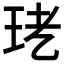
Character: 𤤜